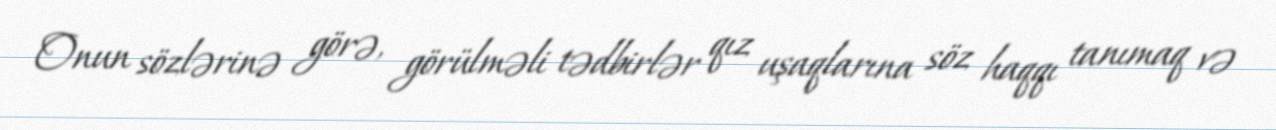
Onun sözlərinə görə, görülməli tədbirlər qız uşaqlarına söz haqqı tanımaq və